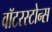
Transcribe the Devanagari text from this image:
वॉटरस्टोन्स